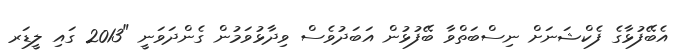
އެބޭފުޅާގެ ފެކްޝަނަށް ނިސްބަތްވާ ބޭފުޅުން އަބަދުވެސް ވިދާޅުވަމުން ގެންދަވަނީ "2013 ގައި ލީޑަރ